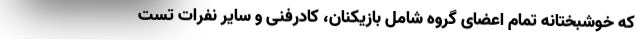
که خوشبختانه تمام اعضای گروه شامل بازیکنان، کادرفنی و سایر نفرات تست